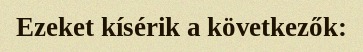
Ezeket kísérik a következők: